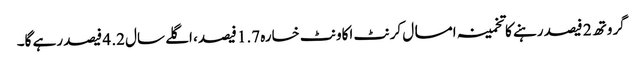
گروتھ 2 فیصد رہنے کا تخمینہ امسال کرنٹ اکاونٹ خسارہ 1.7 فیصد، اگلے سال 2. 4 فیصد رہے گا۔